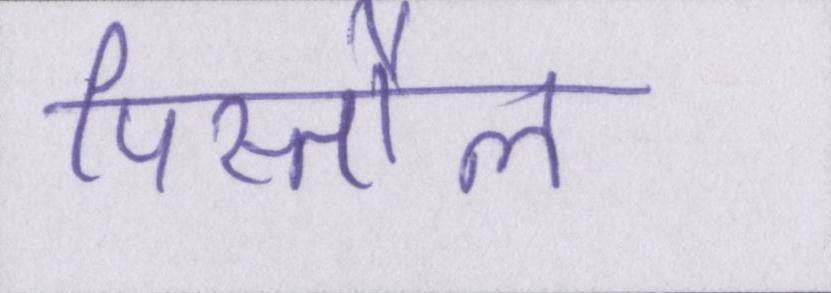
पिस्तौल